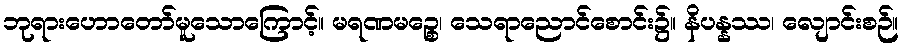
ဘုရားဟောတော်မူသောကြောင့်။ မရဏမဉ္စေ၊ သေရာညောင်စောင်း၌။ နိပန္နဿ၊ လျောင်းစဉ်။